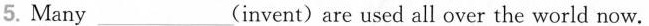
5. Many___(invent)are used all over the world now.